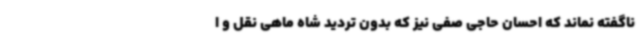
ناگفته نماند که احسان حاجی صفی نیز که بدون تردید شاه ماهی نقل و ا